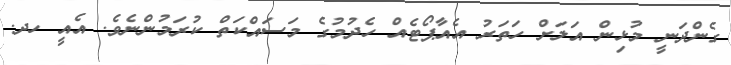
ގެންދަނީ މުޅިން އަލަށް ހަތަރު އެއާޕޯޓެއް ހެދުމުގެ މަސައްކަތް ކުރަމުންނެވެ. އެއީ ހދ.